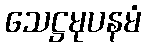
သေဋ္ဌမုပနမံ